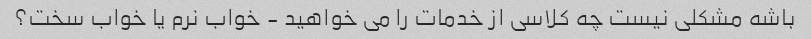
باشه مشکلی نیست چه کلاسی از خدمات را می خواهید - خواب نرم یا خواب سخت؟